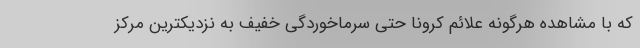
که با مشاهده هرگونه علائم کرونا حتی سرماخوردگی خفیف به نزدیکترین مرکز